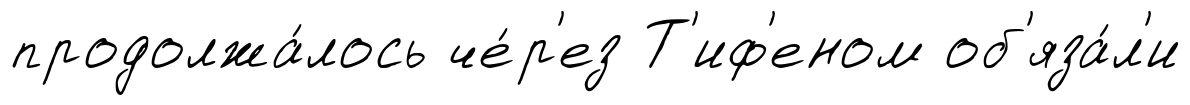
продолжа́лось че́р'ез Т'иф'еном об'яза́л'и